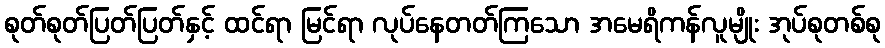
စုတ်စုတ်ပြတ်ပြတ်နှင့် ထင်ရာ မြင်ရာ လုပ်နေတတ်ကြသော အမေရိကန်လူမျိုး အုပ်စုတစ်စု